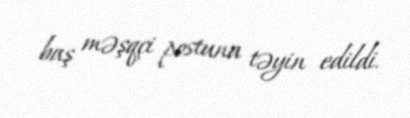
baş məşqçi postuna təyin edildi.